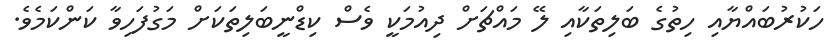
ހަކުރުބައްޔާއި ހިތުގެ ބަލިތަކާއި ލޭ މައްޗަށް ދިއުމަކީ ވެސް ކިޑްނީބަލިތަކަށް މަގުފަހިވާ ކަންކަމެވެ.